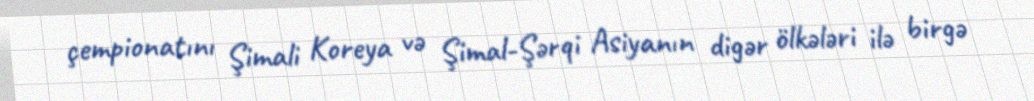
çempionatını Şimali Koreya və Şimal-Şərqi Asiyanın digər ölkələri ilə birgə